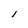
Character: l